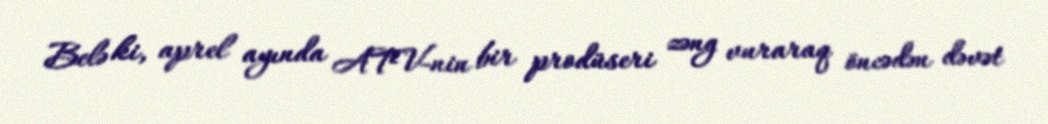
Belə ki, aprel ayında ATV-nin bir prodüseri zəng vuraraq öncədən dəvət